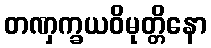
တဏှက္ခယဝိမုတ္တိနော